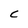
Character: C